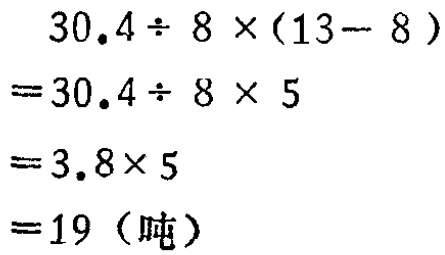
\[
\begin{align*}
&30.4\div 8\times(13 - 8)\\
=&30.4\div 8\times 5\\
=&3.8\times 5\\
=&19（吨）
\end{align*}
\]